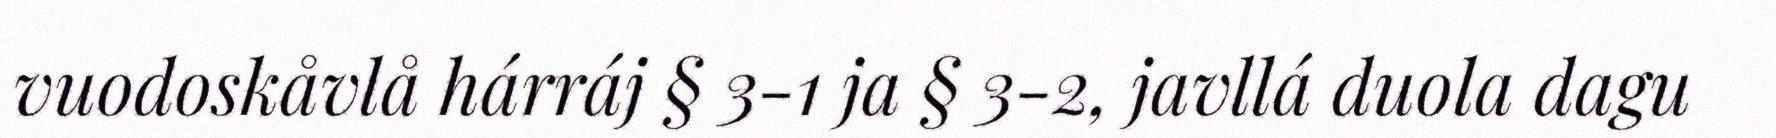
vuodoskåvlå hárráj § 3-1 ja § 3-2, javllá duola dagu